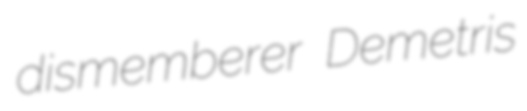
dismemberer Demetris